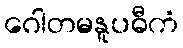
ဂေါတမနူပဓီကံ